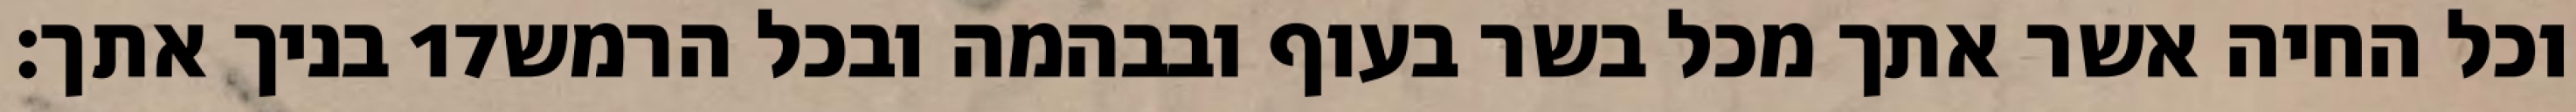
בניך אתך׃ ‎17‏ וכל החיה אשר אתך מכל בשר בעוף ובבהמה ובכל הרמש